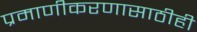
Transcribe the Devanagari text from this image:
प्रमाणीकरणासाठीही